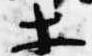
等